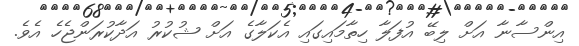
އިންސާނާ އަށް ލިބޭ އުފަލާ ހިތާމައިގައި އެކަލާގެ އަށް ޝުކުރު އަދާކުރަންޖެހެ އެވެ.